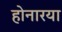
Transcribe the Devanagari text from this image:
होनारया